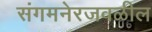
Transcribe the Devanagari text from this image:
संगमनेरजवळील